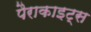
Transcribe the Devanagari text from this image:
पैराकाइट्स